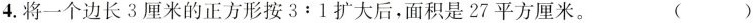
4.将一个边长3厘米的正方形按3:1扩大后，面积是27平方厘米。 ( )